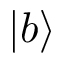
| b \rangle